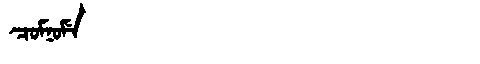
Manchu: ᠴᠣᠮᠨᠣᠮᡝ
Romanization: COMNOME